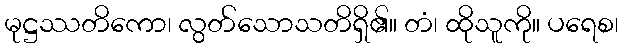
မုဋ္ဌဿတိကော၊ လွတ်သောသတိရှိ၏။ တံ၊ ထိုသူကို။ ပရေစ၊